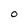
Character: O